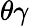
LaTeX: \theta\gamma